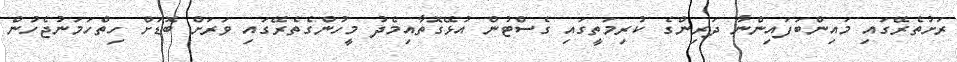
ރަށުތެރޭގައި މައިންބަފައިންނާ ދަރިންގެ ކުރިމަތީގައި ގެސްޓުން އުޅޭގޮތާއިމެދު މީހުންގެތެރޭގައި ވަރަށް ބޮޑަށް ހިތްހަމަނުޖެހުން